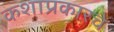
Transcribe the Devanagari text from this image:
कशाप्रकारचे